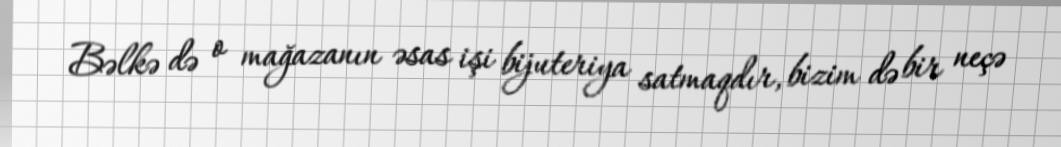
Bəlkə də o mağazanın əsas işi bijuteriya satmaqdır, bizim də bir neçə